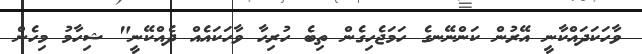
ވާހަކަދައްކާނީ އޭރުން ކަންނޭނގެ ހަމަޖެހިގެން ތިބެ ހުރިހާ ވާހަކައެއް ދެއްކޭނީ" ޝިހާމު މިހެން